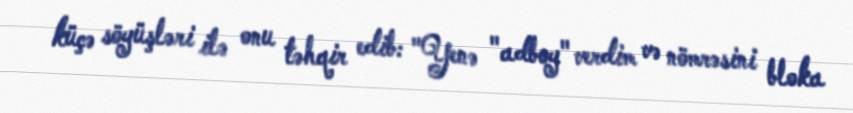
küçə söyüşləri ilə onu təhqir edib: "Yenə "adboy" verdim və nömrəsini bloka